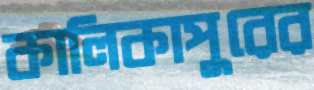
কালিকাপুরের